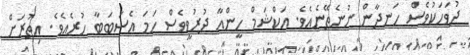
ދުވަހަކުވެސް ހަނދާން ނުނެތޭނެއެވެ. އަކްޝަމް ހީންއާ ދުރުވީވެސް ހަމަ އެސަބަބާ ހުރެއެވެ. އިތުރަށް